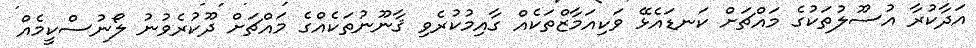
އަދާކުރާ އުސޫލުތަކުގެ މައްޗަށް ކަނޑައެޅޭ ވަކިއަމާޒްތަކެއް ގާއިމުކުރެވި ޤާނޫނުތަކެއްގެ މައްޗަށް ދޫކުރެވުނު ލޯނުސްކީމެއް